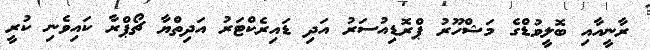
ރާނީއާއި ބޮލީވުޑްގެ މަޝްހޫރު ޕްރޮޑިއުސަރު އަދި ޑައިރެކްޓަރު އަދިތްޔާ ޗޯޕްރާ ކައިވެނި ކުރީ